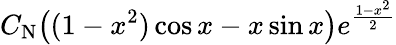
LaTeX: C_{\mathrm{N}}\big((1-x^{2})\cos x-x\sin x\big)e^{\frac{1-x^{2}}{2}}